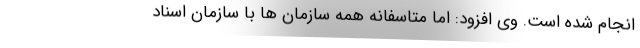
انجام شده است. وی افزود: اما متاسفانه همه سازمان ها با سازمان اسناد